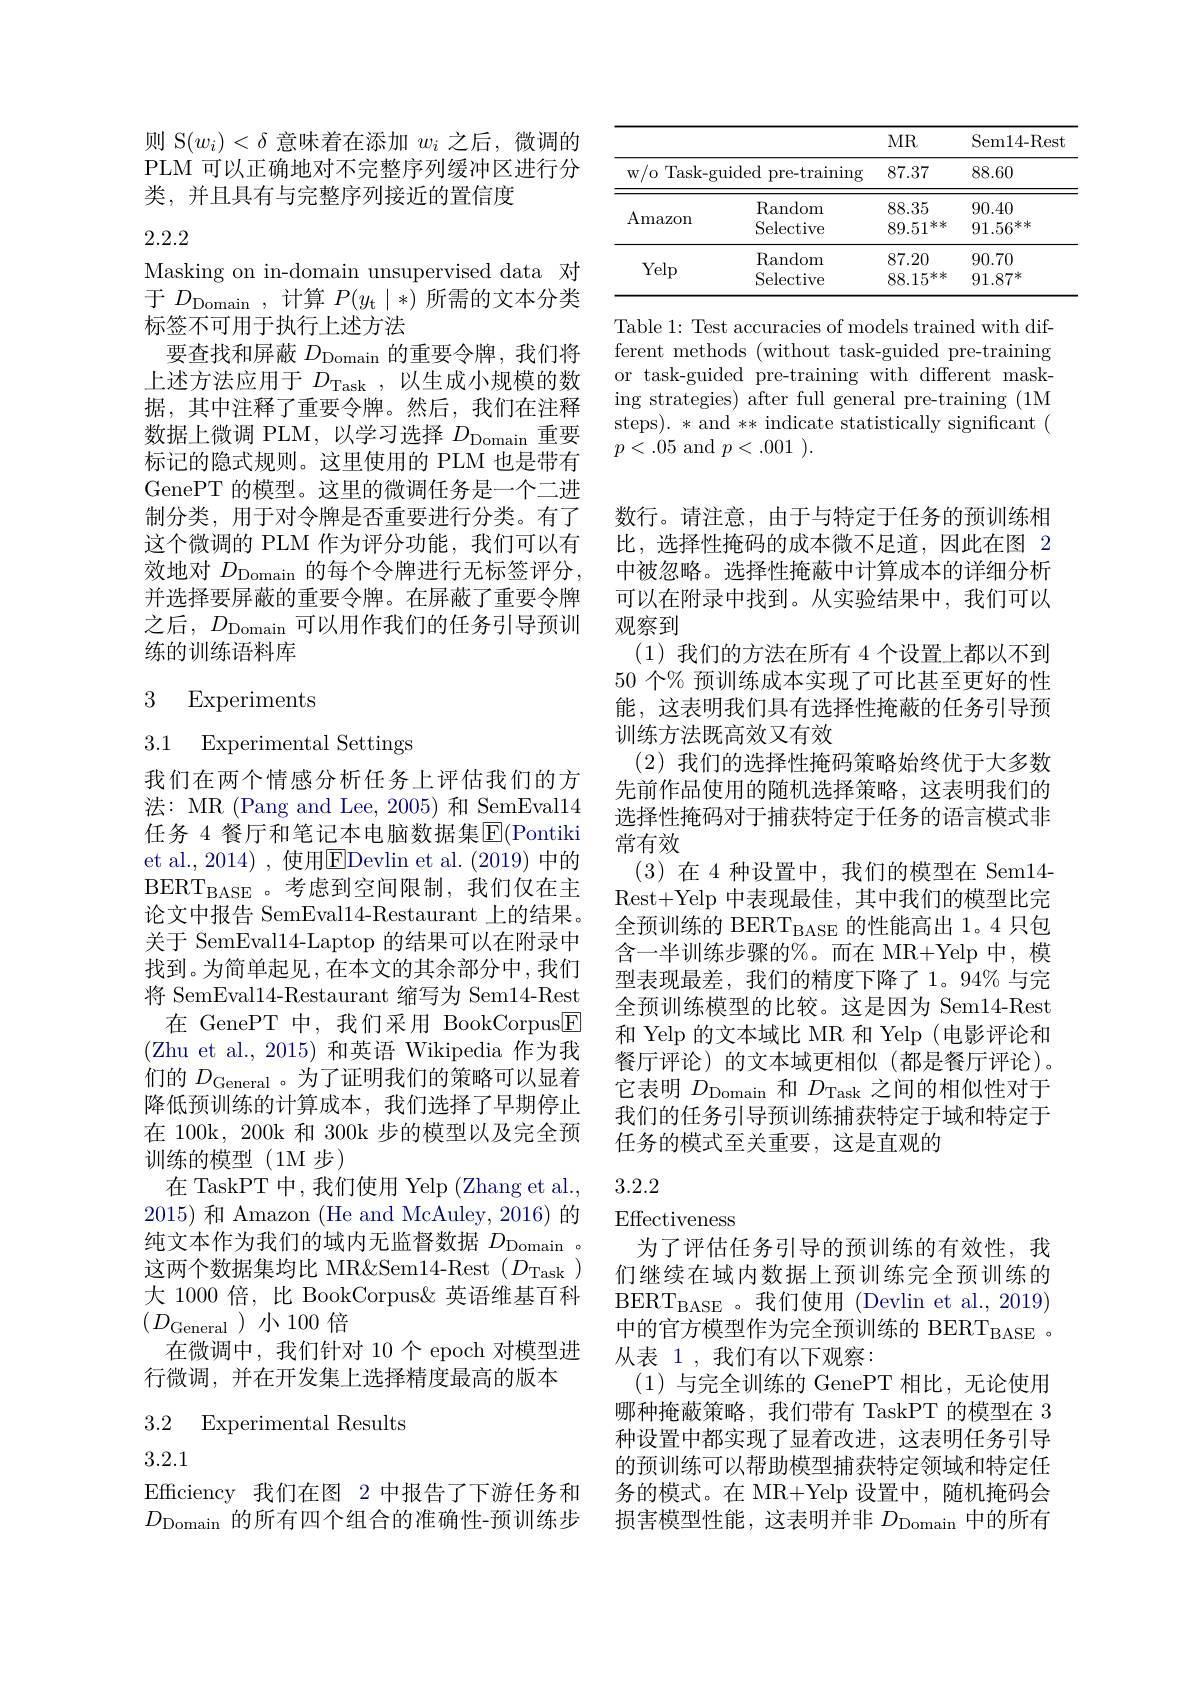
则 S$(w_i)<\delta$意味着在添加$w_i$之后，微调的PLM 可以正确地对不完整序列缓冲区进行分类，并且具有与完整序列接近的置信度

# 2.2.2

Masking on in-domain unsupervised data 对于$D_\mathrm{Domain}$,计算$P(y_\mathrm{t}\mid*)$所需的文本分类标签不可用于执行上述方法
要查找和屏蔽$D_\mathrm{Domain}$的重要令牌，我们将上述方法应用于$D_\mathrm{Task}$,以生成小规模的数据，其中注释了重要令牌。然后，我们在注释数据上微调 PLM,以学习选择$D_\mathrm{Domain}$重要标记的隐式规则。这里使用的 PLM 也是带有GenePT 的模型。这里的微调任务是一个二进制分类，用于对令牌是否重要进行分类。有了这个微调的 PLM 作为评分功能，我们可以有效地对 $D_\mathrm{Domain}$ 的每个令牌进行无标签评分， 并选择要屏蔽的重要令牌。在屏蔽了重要令牌之后，$D_\mathrm{Domain}$可以用作我们的任务引导预训练的训练语料库

## 3 Experiments

3.1 Experimental Settings
我们在两个情感分析任务上评估我们的方${\text{法：MR (Pang and Lee, 2005) 和 SemEval}14}$ 任务 4 餐厅和笔记本电脑数据集$\overline{\mathrm{E}}($Pontiki et al., 2014) , 使用$\boxed{\mathrm{E}}$Devlin et al. (2019) 中的BERT$_{\mathrm{BASE}}$。考虑到空间限制，我们仅在主论文中报告 SemEval14-Restaurant 上的结果。关于 SemEval14-Laptop 的结果可以在附录中找到。为简单起见，在本文的其余部分中，我们将 SemEval14-Restaurant 缩写为 Sem14-Rest
在 GenePT 中，我们采用 BookCorpus$\boxed{\mathrm{F}}$ (Zhu et al., 2015)和英语 Wikipedia 作为我们的$D_\mathrm{General}$ 。为了证明我们的策略可以显着降低预训练的计算成本，我们选择了早期停止在 100k, 200k 和 300k 步的模型以及完全预训练的模型(1M步)
在 TaskPT 中，我们使用 Yelp (Zhang et al., 2015) 和 Amazon (He and McAuley, 2016) 的纯文本作为我们的域内无监督数据$D_\mathrm{Domain}$ 这两个数据集均比 MR&Sem14-Rest $(D_\mathrm{Task})$ 大 1000 倍，比 BookCorpus&英语维基百科$(D_{\text{General}})$小100倍
在微调中，我们针对 10个 epoch 对模型进
行微调，并在开发集上选择精度最高的版本

### 3.2 Experimental Results

3.2.1

Efficiency 我们在图 2 中报告了下游任务和$D_{\mathrm{Domain}}$的所有四个组合的准确性-预训练步

<table>
	<tbody>
		<tr>
			<th> </th>
			<th> </th>
			<th>$MR$</th>
			<th>Sem14- Rest</th>
		</tr>
		<tr>
			<td>Task-gu $w/o$</td>
			<td>ided pre- training</td>
			<td>87.37</td>
			<td>88.60</td>
		</tr>
		<tr>
			<td rowspan="1">Amazon</td>
			<td>$\operatorname{Random}$</td>
			<td>88.35</td>
			<td>90.40</td>
		</tr>
		<tr>
			<td rowspan="2">Yelp</td>
			<td>Random</td>
			<td>87.20</td>
			<td>90.70</td>
		</tr>
		<tr>
			<td>Selective</td>
			<td>$88.15^{**}$</td>
			<td>$91.87^{*}$</td>
		</tr>
	</tbody>
</table>

Table 1: Test accuracies of models trained with different methods (without task-guided pre-training or task-guided pre-training with different masking strategies) after full general pre-training (1M steps). * and ** indicate statistically significant ( $p<.05$ and $p< . 001$ ).

数行。请注意，由于与特定于任务的预训练相比，选择性掩码的成本微不足道，因此在图 2中被忽略。选择性掩蔽中计算成本的详细分析可以在附录中找到。从实验结果中，我们可以观察到
(1)我们的方法在所有 4 个设置上都以不到50 个% 预训练成本实现了可比甚至更好的性能，这表明我们具有选择性掩蔽的任务引导预训练方法既高效又有效
(2)我们的选择性掩码策略始终优于大多数先前作品使用的随机选择策略，这表明我们的选择性掩码对于捕获特定于任务的语言模式非常有效
(3)在 4 种设置中，我们的模型在 Sem14- Rest+Yelp 中表现最佳，其中我们的模型比完全预训练的 BERT$_\mathrm{BASE}$的性能高出 1。4 只包含一半训练步骤的%。而在 MR+Yelp 中，模型表现最差，我们的精度下降了1。94%与完全预训练模型的比较。这是因为 Sem14-Rest 和 Yelp 的文本域比 MR 和 Yelp (电影评论和餐厅评论)的文本域更相似(都是餐厅评论)。它表明$D_\mathrm{Domain}$和$D_\mathrm{Task}$之间的相似性对于我们的任务引导预训练捕获特定于域和特定于任务的模式至关重要，这是直观的

## 3.2.2

Effectiveness

为了评估任务引导的预训练的有效性，我们继续在域内数据上预训练完全预训练的$\mathrm{BERT}_{\mathrm{BASE}}$。我们使用 (Devlin et al., 2019) 中的官方模型作为完全预训练的 BERT$_\mathrm{BASE}$ 。从表 1 , 我们有以下观察：
(1)与完全训练的 GenePT 相比，无论使用哪种掩蔽策略，我们带有 TaskPT 的模型在 3种设置中都实现了显着改进，这表明任务引导的预训练可以帮助模型捕获特定领域和特定任务的模式。在 MR+Yelp 设置中，随机掩码会损害模型性能，这表明并非$D_\mathrm{Domain}$中的所有